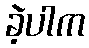
ခဲ့ပါက